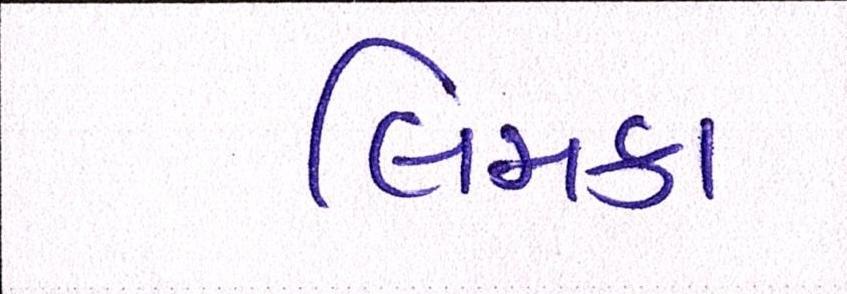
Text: લિમકા